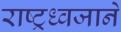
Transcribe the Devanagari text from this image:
राष्ट्रध्वजाने